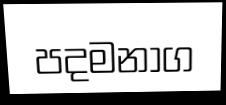
පදමනාග